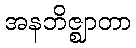
အနဘိဇ္ဈာတာ